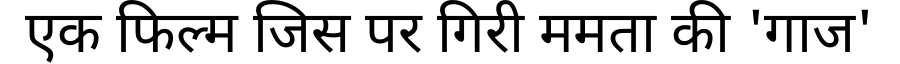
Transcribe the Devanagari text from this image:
एक फिल्म जिस पर गिरी ममता की 'गाज'